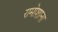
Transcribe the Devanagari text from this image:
रामोशाना